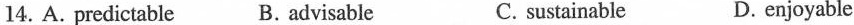
14. A. predictable B. advisable C. sustainable D. enjoyable